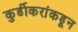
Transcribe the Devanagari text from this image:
कुर्डीकरांकडून